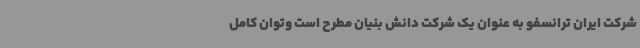
شرکت ایران ترانسفو به عنوان یک شرکت دانش بنیان مطرح است وتوان کامل